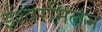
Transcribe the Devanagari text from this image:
ईश्वरमिलन